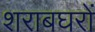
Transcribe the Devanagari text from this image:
शराबघरों